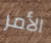
الأمر